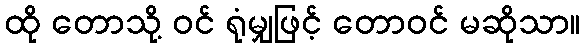
ထို တောသို့ ဝင် ရုံမျှဖြင့် တောဝင် မဆိုသာ။